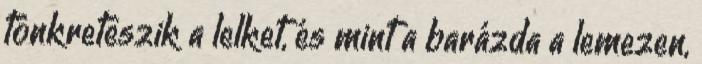
tönkreteszik a lelket, és mint a barázda a lemezen,